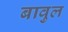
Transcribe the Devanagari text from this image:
बावुल